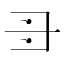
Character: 𠃠